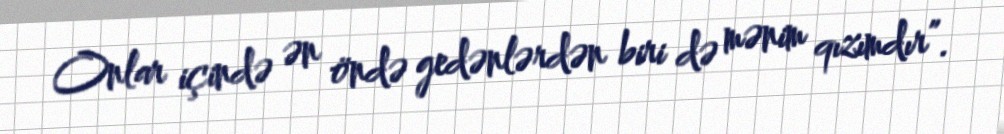
Onlar içində ən öndə gedənlərdən biri də mənim qızımdır”.